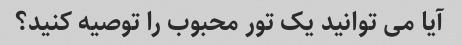
آیا می توانید یک تور محبوب را توصیه کنید؟